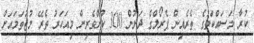
ކުރާ މަސައްކަތުގެ ތެރެއިން ޕެރޯލްގެ ދަށުން 300 ކުށްވެރިން މިއަހަރު ތެރޭ މުޖުތަމައަށް